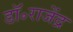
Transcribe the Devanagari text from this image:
डॉ॰राजेंद्र